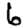
Digit: 6